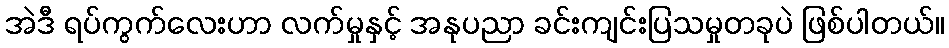
အဲဒီ ရပ်ကွက်လေးဟာ လက်မှုနှင့် အနုပညာ ခင်းကျင်းပြသမှုတခုပဲ ဖြစ်ပါတယ်။